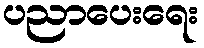
ပညာပေးရေး